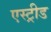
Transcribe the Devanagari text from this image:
एस्ट्रीड